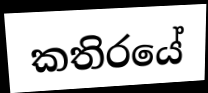
කතිරයේ